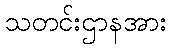
သတင်းဌာနအား